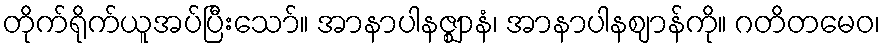
တိုက်ရိုက်ယူအပ်ပြီးသော်။ အာနာပါနဇ္ဈာနံ၊ အာနာပါနဈာန်ကို။ ဂတိတမေဝ၊